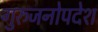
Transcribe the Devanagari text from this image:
गुरुजनोपदेश